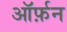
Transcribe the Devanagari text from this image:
ऑर्फ़न